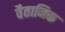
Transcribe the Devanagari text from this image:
वैतानिक